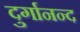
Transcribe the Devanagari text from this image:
दुर्गानन्द